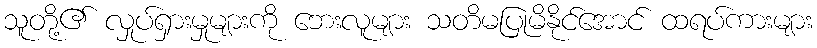
သူတို့၏ လှုပ်ရှားမှုများကို ဘေးလူများ သတိမပြုမိနိုင်အောင် ထရပ်ကားများ